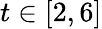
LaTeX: t\in[2,6]